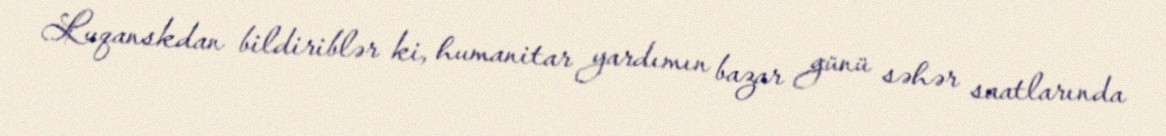
Luqanskdan bildiriblər ki, humanitar yardımın bazar günü səhər saatlarında